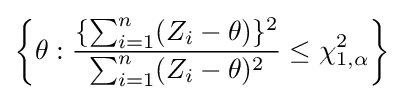
\left\{\theta :{\frac {\{\sum _{i=1}^{n}(Z_{i}-\theta )\}^{2}}{\sum _{i=1}^{n}(Z_{i}-\theta )^{2}}}\leq \chi _{1,\alpha }^{2}\right\}